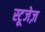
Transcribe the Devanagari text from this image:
स्टूजेज़